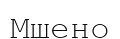
Мшено